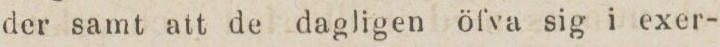
der samt att de dagligen öfva sig i exer-